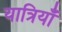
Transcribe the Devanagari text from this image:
यात्रियाँ